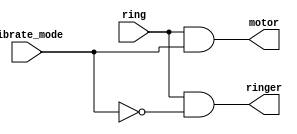
module top_module (
    input ring,
    input vibrate_mode,
    output ringer,       // Make sound
    output motor         // Vibrate
);
    assign ringer=ring&~vibrate_mode;
    assign motor=ring&vibrate_mode;
endmodule